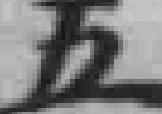
五